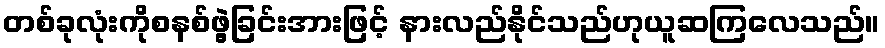
တစ်ခုလုံးကိုစနစ်ဖွဲ့ခြင်းအားဖြင့် နားလည်နိုင်သည်ဟုယူဆကြလေသည်။